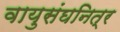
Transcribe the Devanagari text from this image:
वायुसंघनित्र